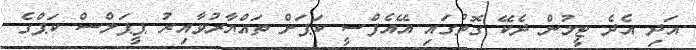
އަދި އެދެ ޓީމުން ދެކޭ ގޮތުގައި އޭއެފްސީ ކަޕަށް ތައްޔާރުވާއިރު ޕީޕަލްސް ކަޕްގެ